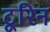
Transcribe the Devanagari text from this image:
टूरिन